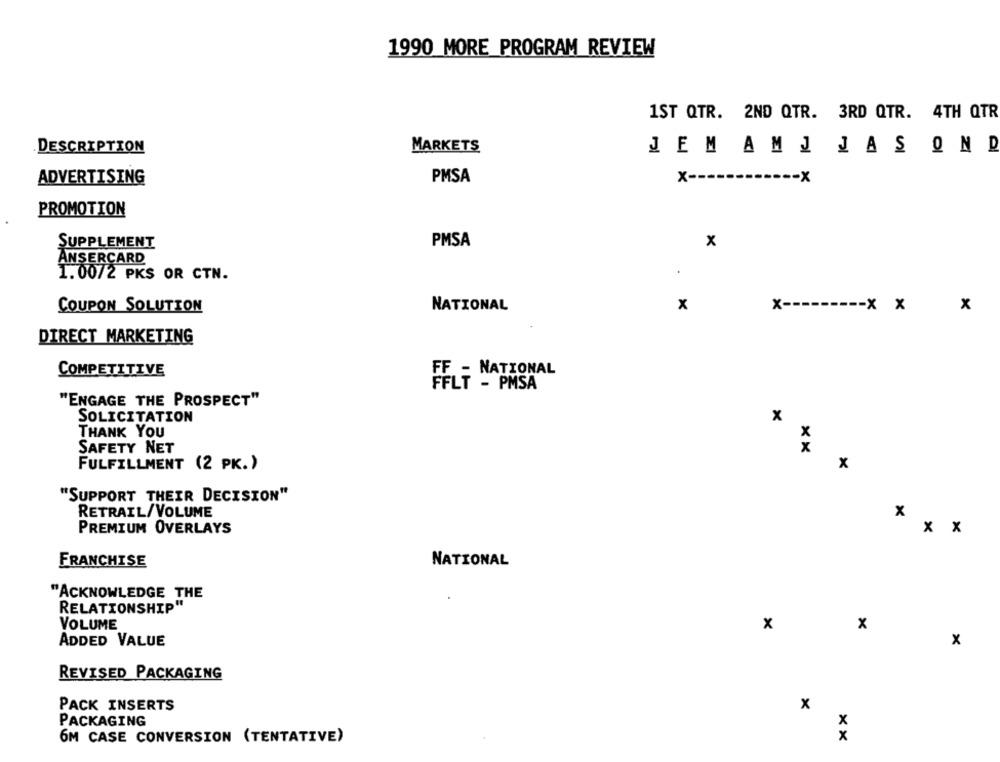
1990 MORE PROGRAM REVIEW
1ST QTR. 2ND QTR. 3RD QTR. 4TH QTR
DESCRIPTION
MARKETS
JEMAMJ JASOND
ADVERTISING
PMSA
x -----
-- x
PROMOTION
SUPPLEMENT
PMSA
x
ANSERCARD
1.00/2 PKS OR CTN.
x
COUPON SOLUTION
NATIONAL
x -----
---- x x
x
DIRECT MARKETING
COMPETITIVE
FFLT - PMSA
"ENGAGE THE PROSPECT"
SOLICITATION
x
THANK YOU
SAFETY NET
FULFILLMENT (2 PK. )
x
"SUPPORT THEIR DECISION"
RETRAIL/VOLUME
X
PREMIUM OVERLAYS
x x
FRANCHISE
NATIONAL
"ACKNOWLEDGE THE
RELATIONSHIP"
VOLUME
x
x
ADDED VALUE
x
REVISED PACKAGING
PACK INSERTS
x
PACKAGING
x
6M CASE CONVERSION (TENTATIVE)
x